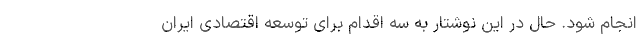
انجام شود. حال در این نوشتار به سه اقدام برای توسعه اقتصادی ایران